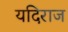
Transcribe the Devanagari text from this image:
यदिराज